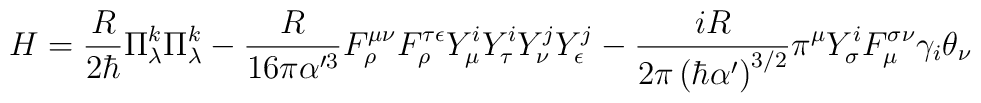
H=\frac{R}{2\hbar}\Pi_\lambda^k\Pi_\lambda^k-\frac{R}{16\pi\alpha'^3}F^{\mu\nu}_\rho F^{\tau\epsilon}_\rho Y^i_\mu Y^i_\tau Y^j_\nu Y^j_\epsilon-\frac{i R}{{2\pi}\left(\hbar \alpha'\right)^{3/2}}\pi^\mu Y_\sigma^i F^{\sigma \nu}_\mu \gamma_i \theta_\nu